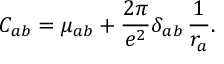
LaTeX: C _ { a b } = \mu _ { a b } + \frac { 2 \pi } { e ^ { 2 } } \delta _ { a b } \, \frac { 1 } { r _ { a } } .